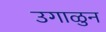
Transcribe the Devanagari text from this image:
उगाळुन